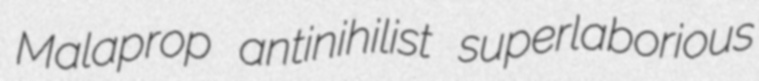
Malaprop antinihilist superlaborious